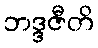
ဘဒ္ဒဇီတိ